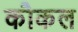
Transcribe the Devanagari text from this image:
कौकल